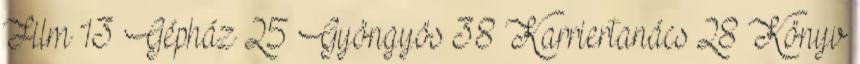
Film 13 Gépház 25 Gyöngyös 38 Karriertanács 28 Könyv